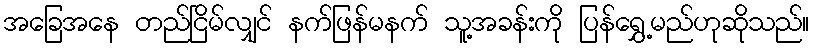
အခြေအနေ တည်ငြိမ်လျှင် နက်ဖြန်မနက် သူ့အခန်းကို ပြန်ရွှေ့မည်ဟုဆိုသည်။